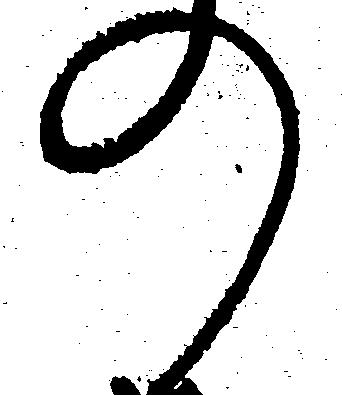
の